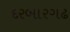
દરબારગઢ